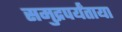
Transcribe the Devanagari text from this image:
समुद्रपर्यंताया